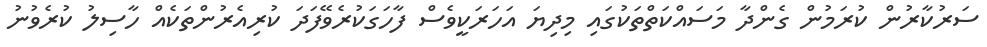
ސަރުކާރުން ކުރަމުން ގެންދާ މަސައްކަތްތަކުގައި މިދިޔަ އަހަރަކީވެސް ފާހަގަކުރެވޭފަދަ ކުރިއެރުންތަކެއް ހާސިލު ކުރެވުނު